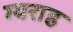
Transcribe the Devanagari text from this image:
ग्यराह